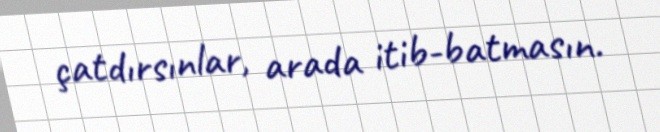
çatdırsınlar, arada itib-batmasın.